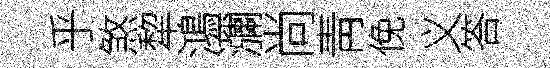
乎煞犂鴻瀰尚靑俛义答